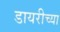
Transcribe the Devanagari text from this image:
डायरीच्या